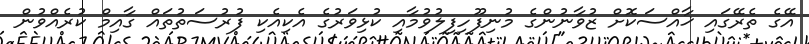
އޭގެ ތެރޭގައި ޚާއްސަކޮށް ޒުވާނުންގެ މުނިފޫހިފިލުވުމާއި ކުޅިވަރުގެ އެކިއެކި ފުރުސަތުތައް ގާއިމް ކުރެއްވުން